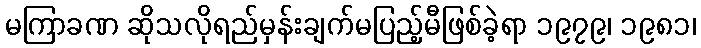
မကြာခဏ ဆိုသလိုရည်မှန်းချက်မပြည့်မီဖြစ်ခဲ့ရာ ၁၉၇၉၊ ၁၉၈၁၊